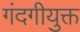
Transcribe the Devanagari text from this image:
गंदगीयुक्त